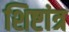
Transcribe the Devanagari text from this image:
शिष्टांत्र